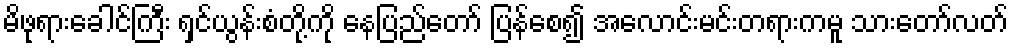
မိဖုရားခေါင်ကြီး ရှင်ယွန်းစံတို့ကို နေပြည်တော် ပြန်စေ၍ အလောင်းမင်းတရားကမူ သားတော်လတ်